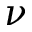
\nu